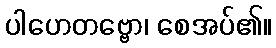
ပါဟေတဗ္ဗော၊ စေအပ်၏။